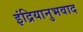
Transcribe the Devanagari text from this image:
इंद्रियानुभवाद